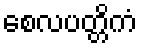
စေလပတ္တိကံ